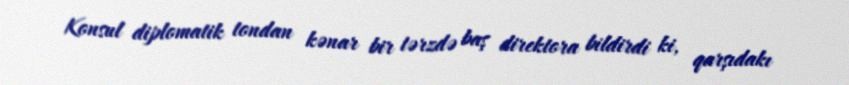
Konsul diplomatik tondan kənar bir tərzdə baş direktora bildirdi ki, qarşıdakı